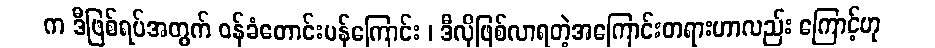
က ဒီဖြစ်ရပ်အတွက် ဝန်ခံတောင်းပန်ကြောင်း ၊ ဒီလိုဖြစ်လာရတဲ့အကြောင်းတရားဟာလည်း ကြောင့်ဟု